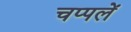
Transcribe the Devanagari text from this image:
चप्‍पलें